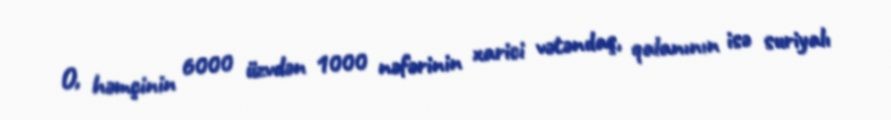
O, həmçinin 6000 üzvdən 1000 nəfərinin xarici vətəndaş, qalanının isə suriyalı